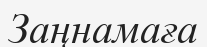
Заңнамаға